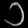
Digit: ၁